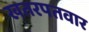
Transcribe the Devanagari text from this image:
खतरपतवार